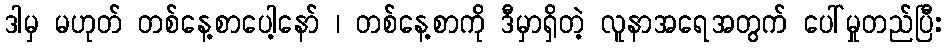
ဒါမှ မဟုတ် တစ်နေ့စာပေါ့နော် ၊ တစ်နေ့စာကို ဒီမှာရှိတဲ့ လူနာအရေအတွက် ပေါ်မှုတည်ပြီး